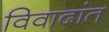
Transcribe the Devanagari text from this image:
विवादांत